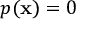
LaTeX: p ( \mathbf { x } ) = 0